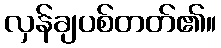
လှန်ချပစ်တတ်၏။